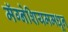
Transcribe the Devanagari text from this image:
मॅग्नेशियममधून